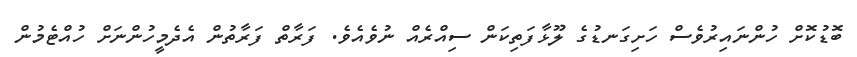
ބޮޑުކޮށް ހުންނައިރުވެސް ހަށިގަނޑުގެ ލޫޅާފަތިކަން ސިއްރެއް ނުވެއެވެ. ފަރާތް ފަރާތުން އެދެމީހުންނަށް ހުއްޓެމުން